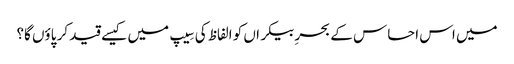
میں اس احساس کے بحرِ بیکراں کو الفاظ کی سِیپ میں کیسے قید کر پاؤں گا؟